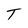
Character: T